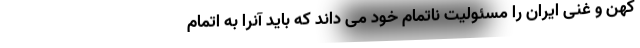
کهن و غنی ایران را مسئولیت ناتمام خود می داند که باید آنرا به اتمام